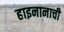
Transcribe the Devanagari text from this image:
हाइनानाची